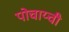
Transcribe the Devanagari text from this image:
पोचाय्ची